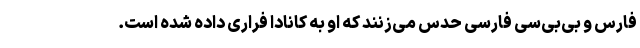
فارس و بی‌بی‌سی فارسی حدس می‌زنند که او به کانادا فراری داده شده است.